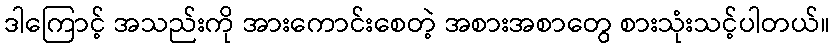
ဒါကြောင့် အသည်းကို အားကောင်းစေတဲ့ အစားအစာတွေ စားသုံးသင့်ပါတယ်။